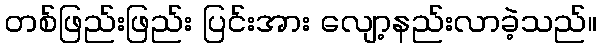
တစ်ဖြည်းဖြည်း ပြင်းအား လျော့နည်းလာခဲ့သည်။